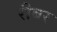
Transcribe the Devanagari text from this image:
रीबर